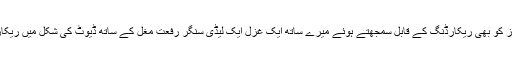
اور میری آواز کو بھی ریکارڈنگ کے قابل سمجھتے ہُوئے میرے ساتھ ایک غزل ایک لیڈی سنگر رفعت مُغل کے ساتھ ڈیوٹ کی شکل میں ریکارڈ کروا ڈالی۔